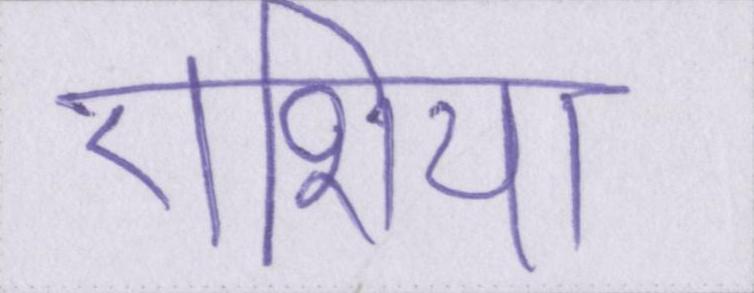
एशिया